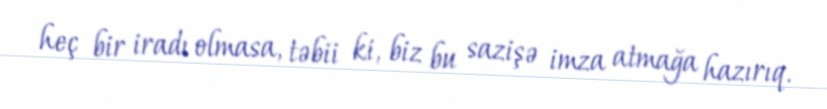
heç bir iradı olmasa, təbii ki, biz bu sazişə imza atmağa hazırıq.